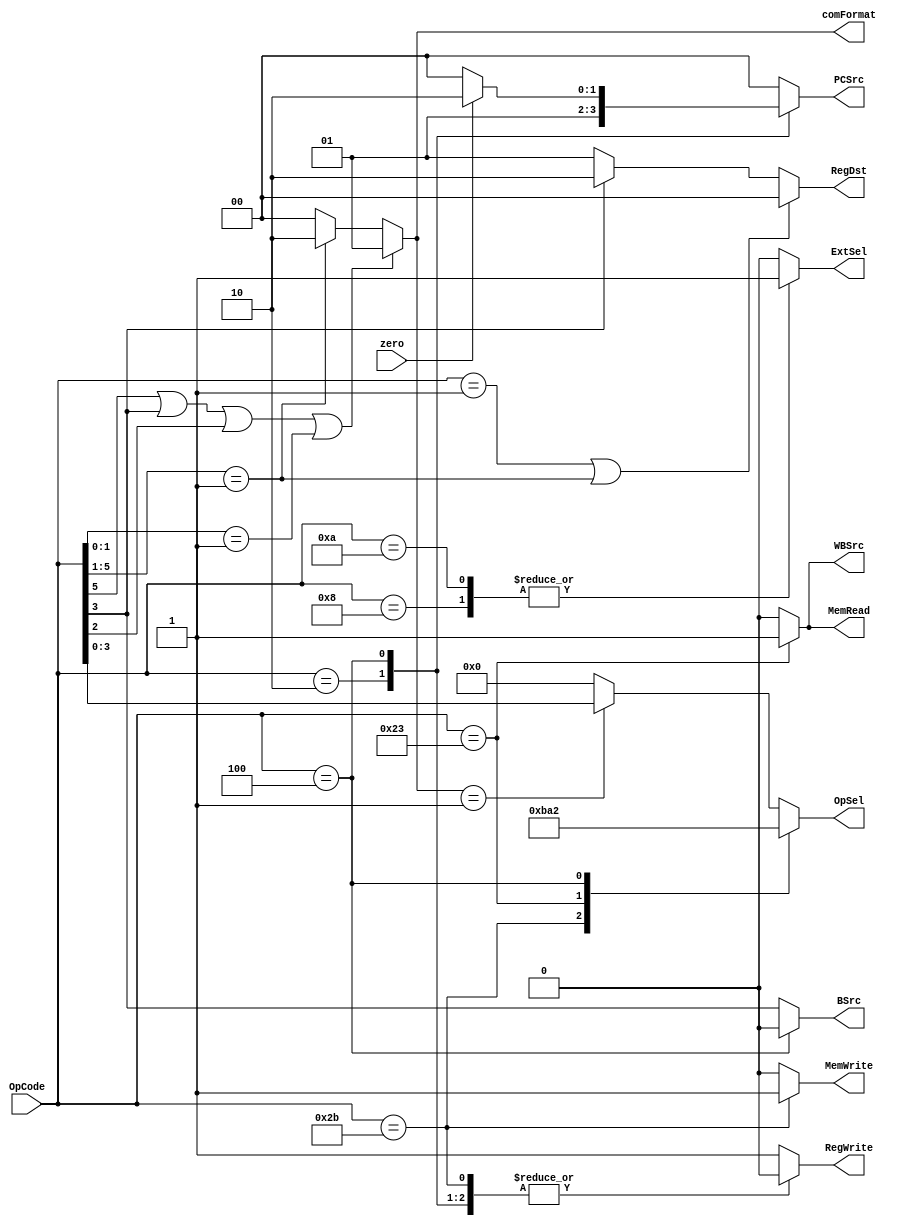
module controlFlow (OpCode, zero, PCSrc, RegDst, RegWrite, ExtSel, OpSel, BSrc, MemWrite, MemRead, WBSrc, comFormat) ;

    // mem access bit OpCode[5]
    // mem access format == 01
    // format with OpCode[5] || OpCode[3,2] || OpCode[1:0]==01 is 01

    // format with OpCode[5:1] == 00001 is 10
    
    //else format == 00;
    

    input wire[5:0] OpCode;
    input wire zero;

    output reg[1:0] PCSrc   ; 
    output reg      RegWrite;
    output reg      ExtSel  ;
    output reg[3:0] OpSel   ;
    output reg[1:0] RegDst   ;
    output reg      BSrc    ;   
    output reg      MemWrite;
    output reg      MemRead;
    output reg      WBSrc;  
    output    [1:0] comFormat;  
    
    
    
    assign comFormat = (OpCode[5] || OpCode[3] || OpCode[2] || (OpCode[1:0]==2'b01))
        ?   
            2'b01
        :
            (OpCode[5:1] == 5'b00001 
            ?
                2'b10  
            :
                2'b00
            );
    

    // PCSrc
    always@* begin
        PCSrc = 2'b00;
        case (OpCode)
        6'b000010: PCSrc = 2'b01;
        6'b000100: if (zero) PCSrc = 2'b10; else PCSrc = 2'b00;
        endcase
    end
    
    // RegDst
    always@* begin
        RegDst = 2'b01;
        if (OpCode[3])
            RegDst = 2'b10;
        if (OpCode==6'b000001 || OpCode[5:1] == 5'b00001)
            RegDst = 2'b00;
    end


    // RegWrite
    always@* begin
        RegWrite = 1;
        case (OpCode)
        6'b101011: RegWrite = 0;
        6'b000010: RegWrite = 0;
        6'b000100: RegWrite = 0;
        endcase
    end


    // ExtSel
    always@* begin
        ExtSel = 0;
        case (OpCode)
        6'b001000: ExtSel = 1;	
        6'b001010: ExtSel = 1;
        endcase
    end


    // OpSel
    always@* begin
        OpSel = 4'b0000;
        if (comFormat==2'b01) OpSel = OpCode[3:0];
        case (OpCode)
        6'b101011: OpSel = 4'b1011;       
        6'b100011: OpSel = 4'b1010;       
        6'b000100: OpSel = 4'b0010;
        endcase
    end

    //BSrc
    always@* begin
        BSrc = OpCode[3];
        case (OpCode)
        6'b000100: BSrc = 0;        
        endcase
    end



    // MemWrite
    always@* begin
        MemWrite = 0;
        case (OpCode)
        6'b101011: MemWrite = 1;        
        endcase
    end

    // MemRead
    always@* begin
        MemRead = 0;
        case (OpCode)
        6'b100011: MemRead = 1;        
        endcase
    end

    // WBSrc
    always@* begin
        WBSrc = 2'd0;
        case (OpCode)
        6'b100011: WBSrc = 2'd1;
        endcase
    end

endmodule